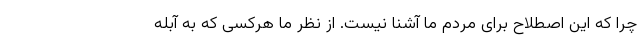
چرا که این اصطلاح برای مردم ما آشنا نیست. از نظر ما هرکسی که به آبله